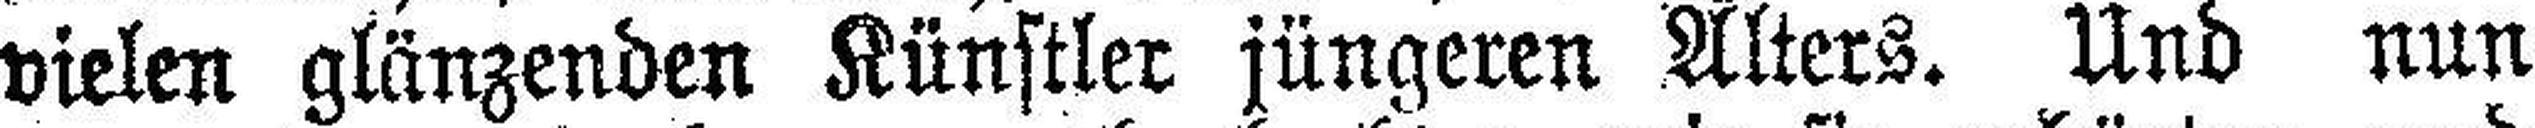
vielen glänzenden Künstler jüngeren Alters. Und nun